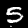
Label: 5